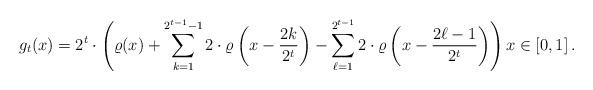
LaTeX: \begin{align*} g_t (x) = 2^{t} \cdot \left( \varrho (x) + \sum_{k=1}^{2^{t-1} - 1} 2 \cdot \varrho\left( x - \frac{2k}{2^{t}} \right) - \sum_{\ell=1}^{2^{t-1}} 2 \cdot \varrho \left( x - \frac{2\ell - 1}{2^t} \right) \right) x \in [0,1] \, .\end{align*}